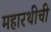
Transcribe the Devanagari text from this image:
महारथीची